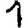
Digit: 1